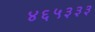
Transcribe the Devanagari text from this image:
४६५३३३